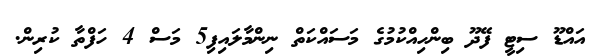
އައްޑޫ ސިޓީ ފޭދޫ ބިންހިއްކުމުގެ މަސައްކަތް ނިންމާލައިފި5 މަސް 4 ހަފްތާ ކުރިން.